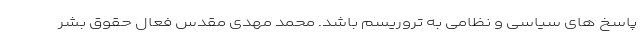
پاسخ های سیاسی و نظامی به تروریسم باشد. محمد مهدی مقدس فعال حقوق بشر